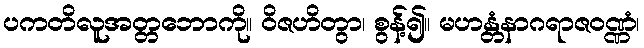
ပကတိလူအတ္တဘောကို။ ဝိဇဟိတွာ၊ စွန့်၍။ မဟန္တံနာဂရာဇဝဏ္ဏံ၊